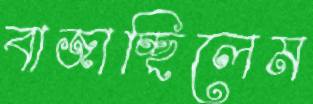
বাজাচ্ছিলেম